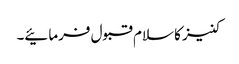
کنیز کا سلام قبول فرمائیے۔